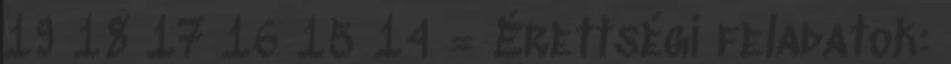
19 18 17 16 15 14 = Érettségi feladatok: